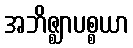
အဘိဇ္ဈာပစ္စယာ